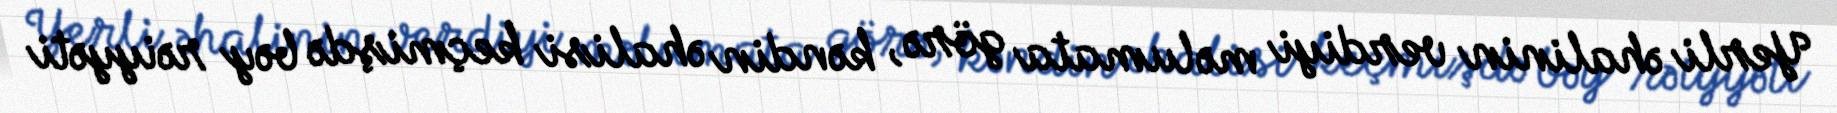
Yerli əhalinin verdiyi məlumata görə, kəndin əhalisi keçmişdə bəy rəiyyəti